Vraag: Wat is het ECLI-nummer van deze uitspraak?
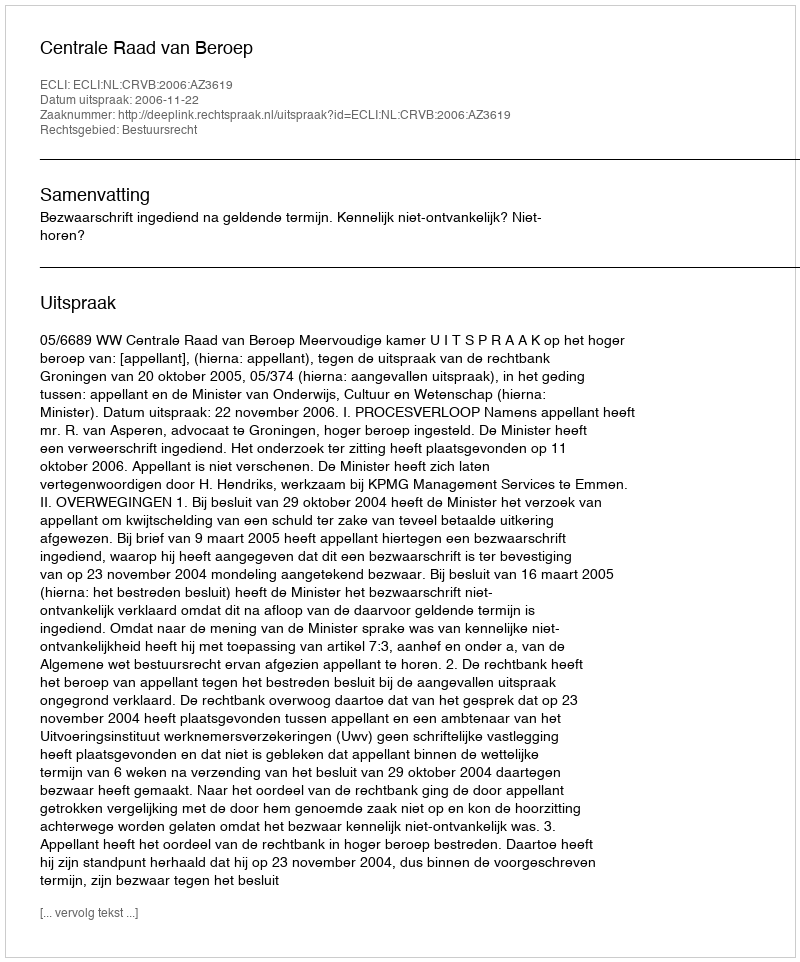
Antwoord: ECLI:NL:CRVB:2006:AZ3619